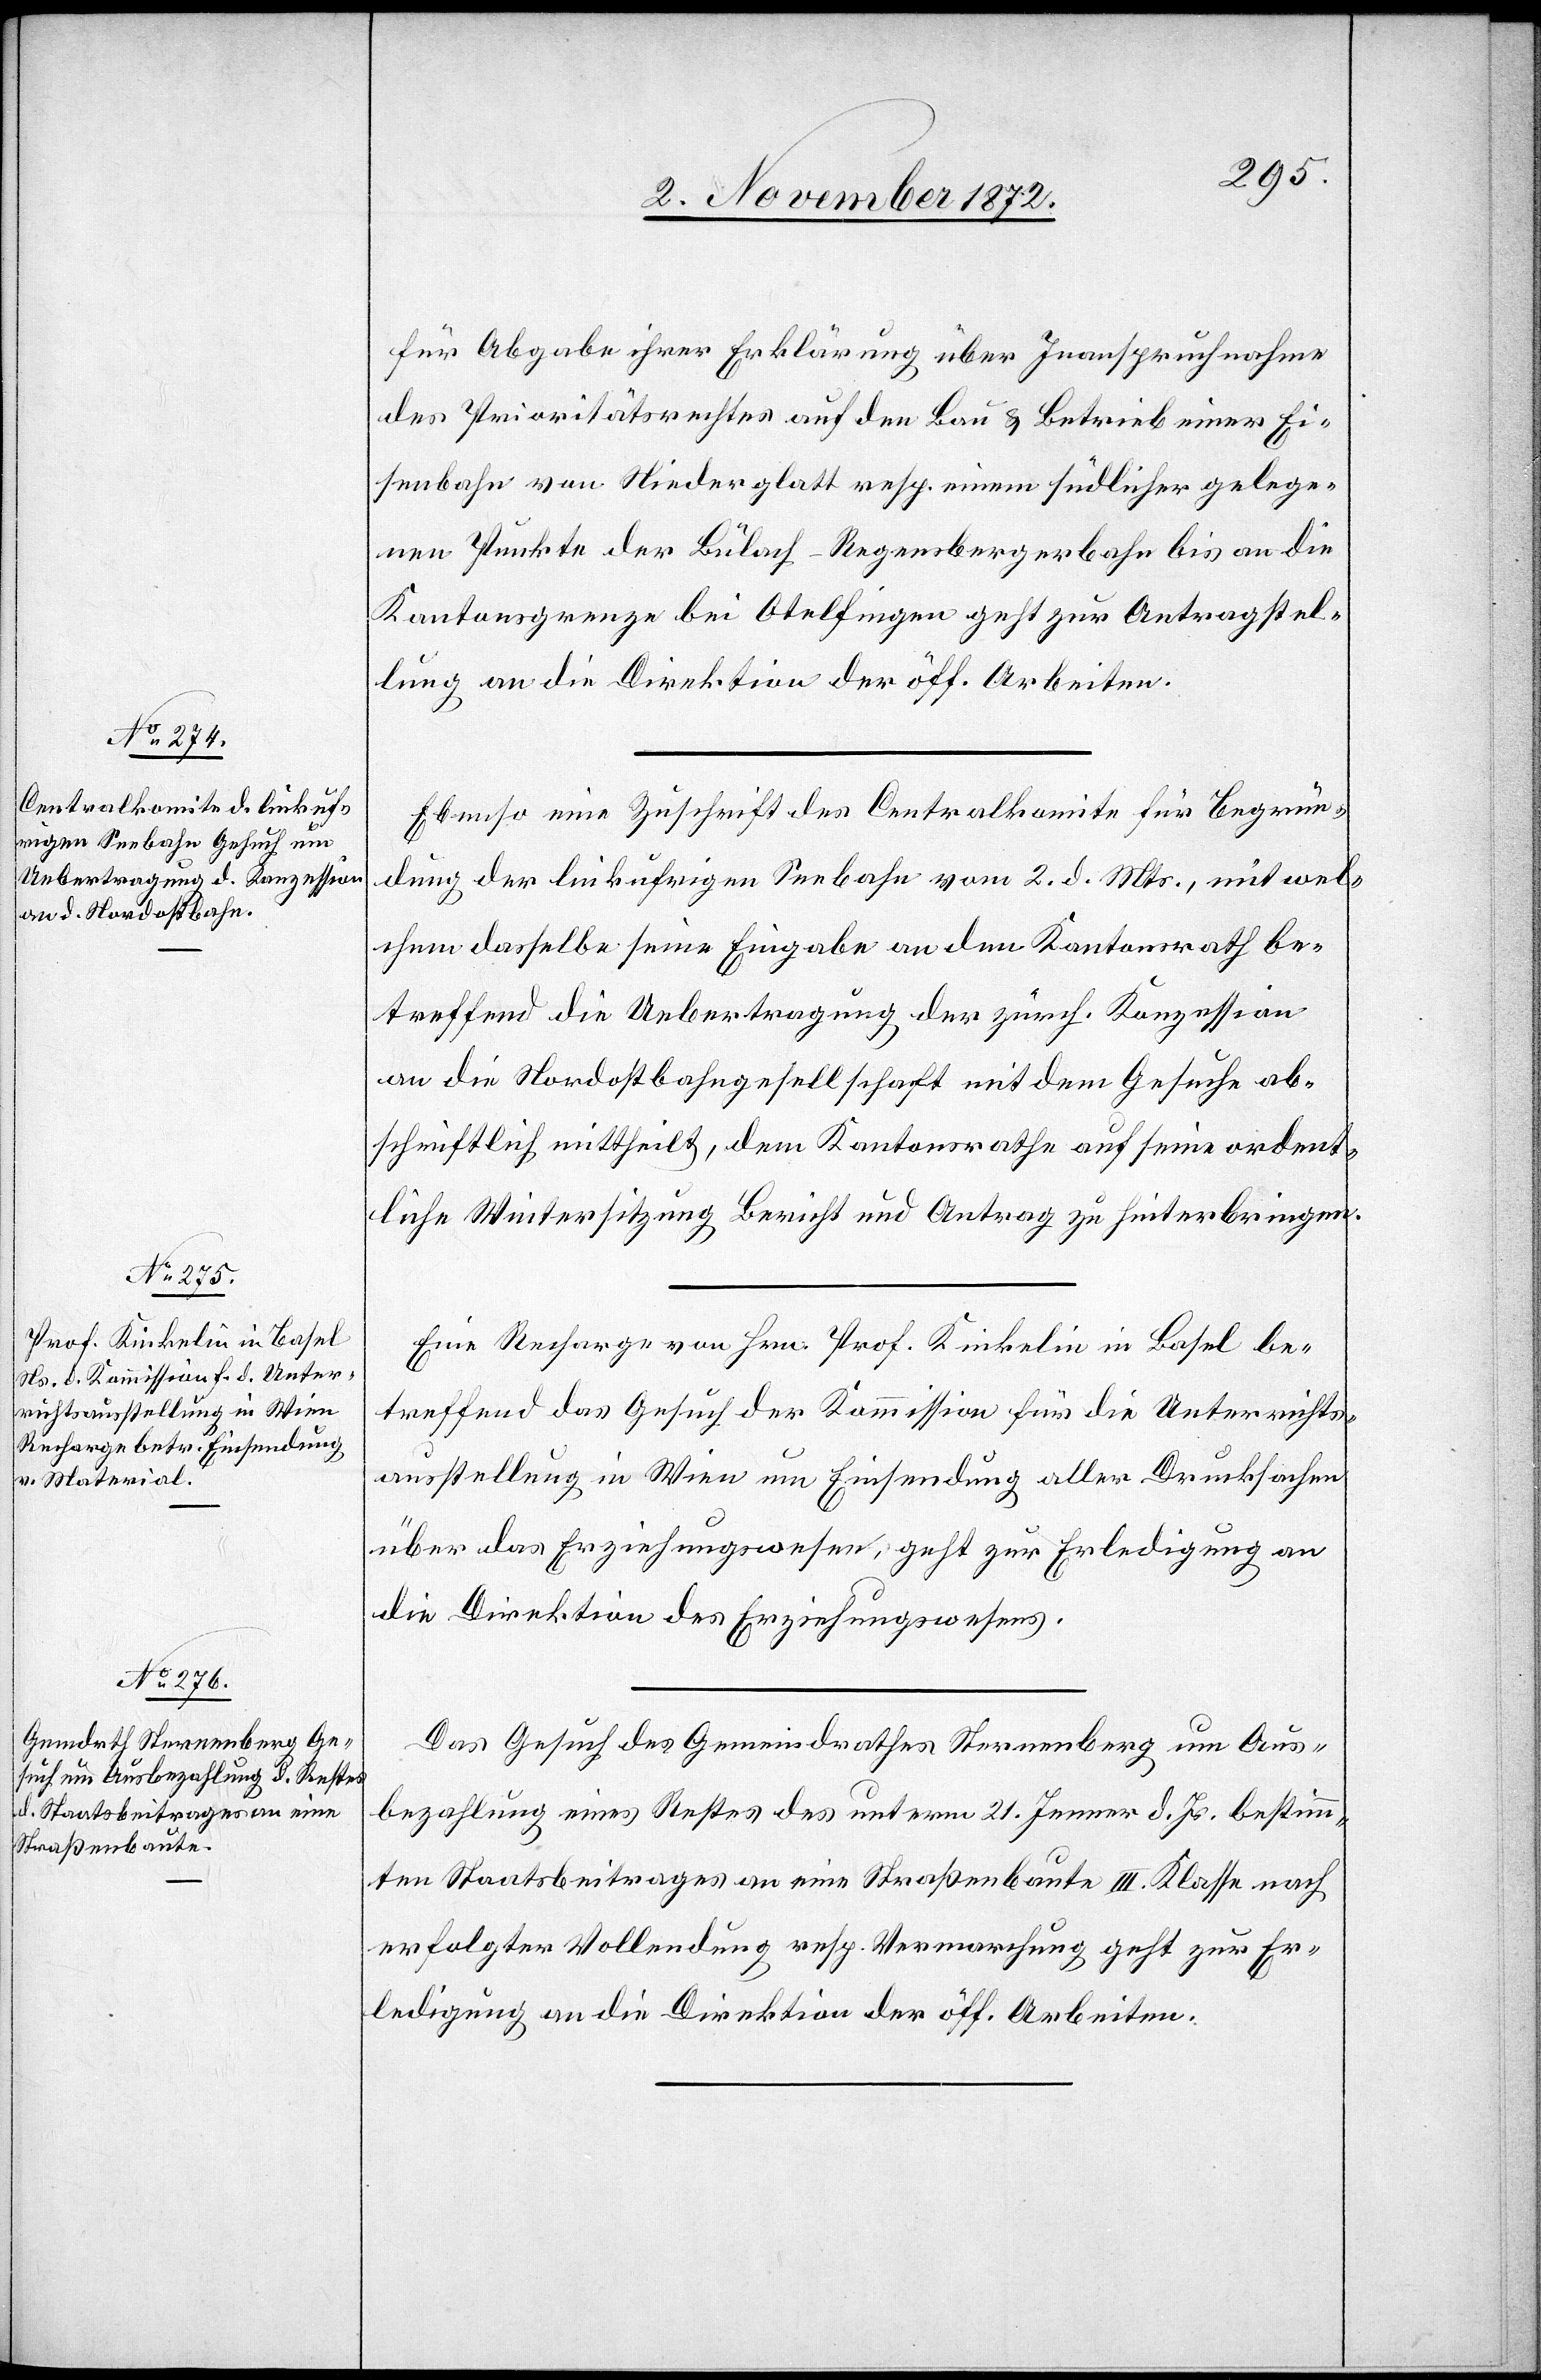
5. November 1872.]
für Abgabe ihrer Erklärung über Inanspruchnahme
des Prioritätsrechtes auf den Bau u. Betrieb einer Ei¬
senbahn von Niederglatt resp. einem südlicher gelege¬
nen Punkte der Bülach–Regensbergerbahn bis an die
Kantonsgrenze bei Otelfingen geht zur Antragstel¬
lung an die Direktion der öff. Arbeiten.
Ebenso eine Zuschrift des Centralkomite für Begrün¬
dung der linkufrigen Seebahn vom 2. d. Mts., mit wel¬
chem dasselbe seine Eingabe an den Kantonsrath be¬
treffend die Uebertragung der zürch. Konzession
an die Nordostbahngesellschaft mit dem Gesuche ab¬
schriftlich mittheilt, dem Kantonsrathe auf seine ordent¬
liche Wintersitzung Bericht und Antrag zu hinterbringen.
Eine Recharge von Hrn. Prof. Kinkelin in Basel be¬
treffend das Gesuch der Kommission für die Unterrichts¬
ausstellung in Wien um Einsendung aller Drucksachen
über das Erziehungswesen, geht zur Erledigung an
die Direktion des Erziehungswesens.
Das Gesuch des Gemeindrathes Sternenberg um Aus¬
bezahlung eines Restes des unterm 21. Jenner d. Js. bestimm¬
ten Staatsbeitrages an eine Straßenbaute III. Klasse nach
erfolgter Vollendung resp. Vermarchung geht zur Er¬
ledigung an die Direktion der öff. Arbeiten.